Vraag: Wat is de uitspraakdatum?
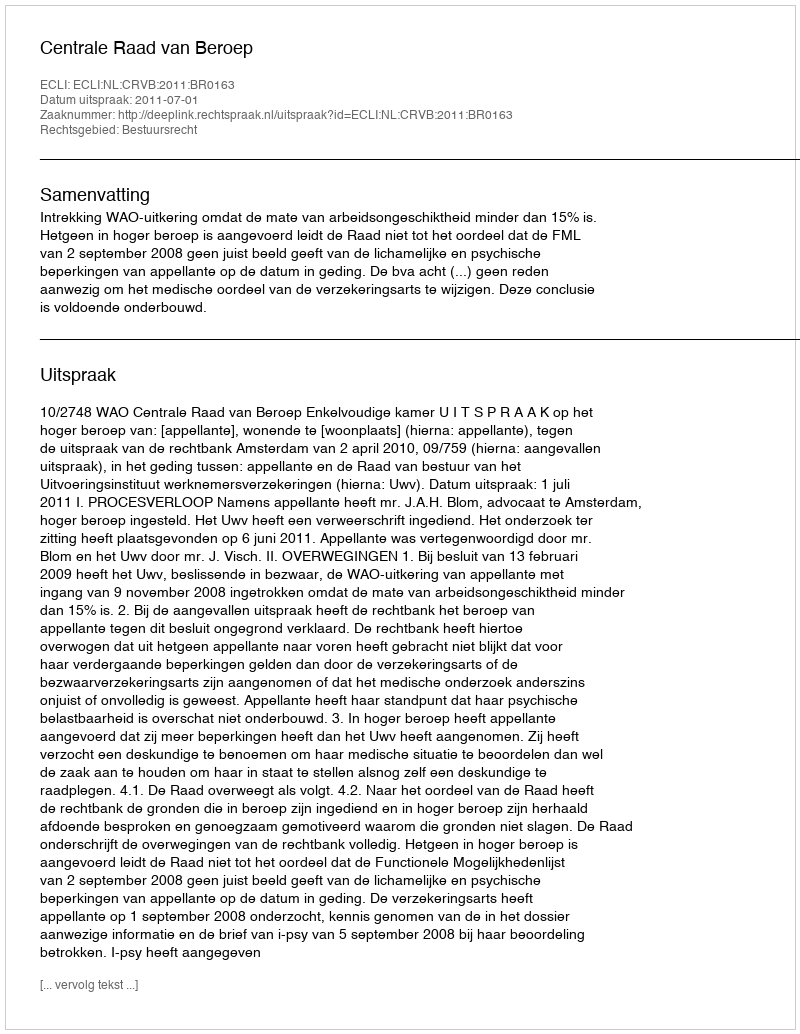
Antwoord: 2011-07-01